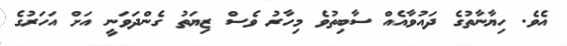
އެވެ. ހިޔާނާތުގެ ދައުވާއެއް ސާބިތުވެ މިހާރު ވެސް ޒިޔަތު ގެންދަވަނީ އަށް އަހަރުގެ